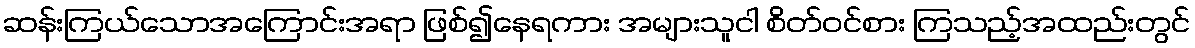
ဆန်းကြယ်သောအကြောင်းအရာ ဖြစ်၍နေရကား အများသူငါ စိတ်ဝင်စား ကြသည့်အထည်းတွင်